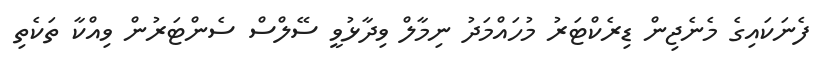
ފެނަކައިގެ މެނެޖިން ޑިރެކްޓަރު މުހައްމަދު ނިމާލް ވިދާޅުވީ ސޭލްސް ސެންޓަރުން ވިއްކާ ތަކެތި